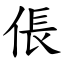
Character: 倀